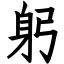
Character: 躬